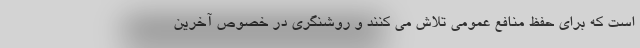
است که برای حفظ منافع عمومی تلاش می کنند و روشنگری در خصوص آخرین